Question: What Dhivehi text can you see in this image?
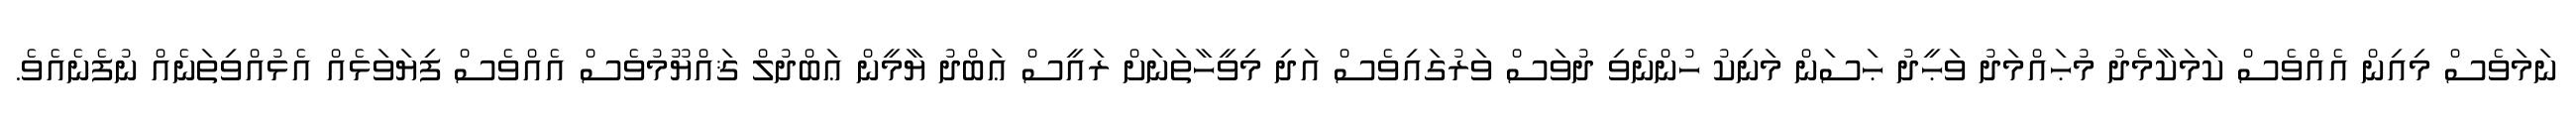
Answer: ނަމަވެސް މިއިން އެއްވެސް ކަމަކާމެދު މުޙައްމަދު ވަޙީދު ޙަސަން މަނިކު ހުންނެވި ދުވަސް ވަރުގައިވެސް އަދި މިވީހާތަނަށް ރައީސް ޢަބްދު ޔާމީން ޢަބްދުލް ޤައްޔޫމުވެސް އެއްވެސް ފިޔަވަޅެއް އެޅުއްވިތަނެއް ނުފެނެއެވެ.